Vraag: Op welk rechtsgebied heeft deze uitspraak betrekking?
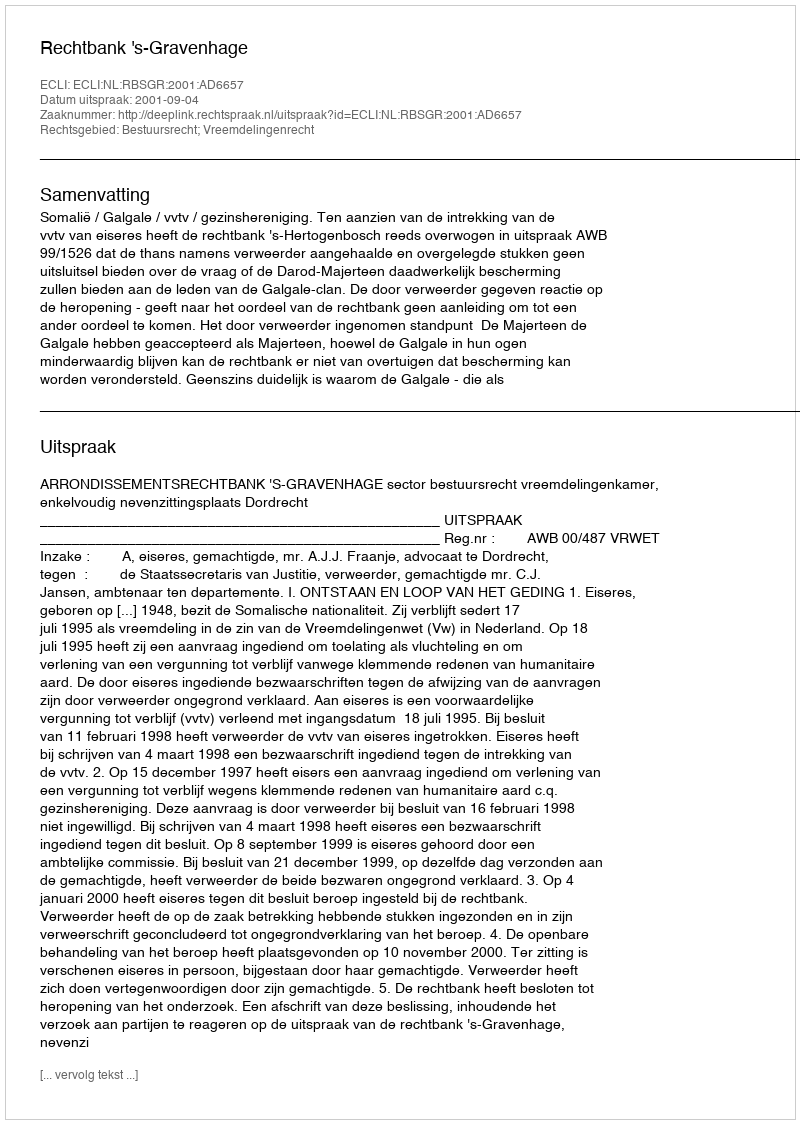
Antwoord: Bestuursrecht; Vreemdelingenrecht